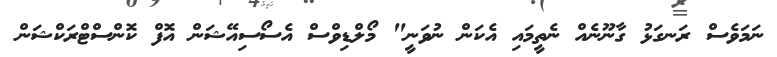
ނަމަވެސް ރަނގަޅު ގާނޫނެއް ނެތީމައި އެކަން ނުވަނީ" މޯލްޑިވްސް އެސޯސިއޭޝަން އޮފް ކޮންސްޓްރަކްޝަން